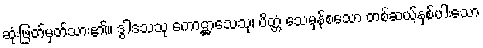
ဆုံးဖြတ်မှတ်သား၏။ ဒွါဒသသု ကောဋ္ဌာသေသု၊ ပိတ္တံ သေမှန်စသော တစ်ဆယ့်နှစ်ပါးသော